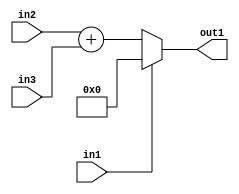
`timescale 1ps / 1ps
/*****************************************************************************
    Verilog RTL Description
    
    
    Created by: Stratus DpOpt 21.05.01 
*******************************************************************************/

module dut_entirecomputation_alt15_4 (
	in1,
	in2,
	in3,
	out1
	); /* architecture "behavioural" */ 
input  in1;
input [8:0] in2,
	in3;
output [9:0] out1;
wire [9:0] asc001,
	asc002;

assign asc002 = 
	+(in2)
	+(in3);

reg [9:0] asc001_tmp_0;
assign asc001 = asc001_tmp_0;
always @ (in1 or asc002) begin
	case (in1)
		1'B1 : asc001_tmp_0 = 10'B0000000000 ;
		default : asc001_tmp_0 = asc002 ;
	endcase
end

assign out1 = asc001;
endmodule

/* CADENCE  v7L0TQ0= : u9/ySxbfrwZIxEzHVQQV8Q== ** DO NOT EDIT THIS LINE ******/